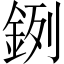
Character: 𨦙